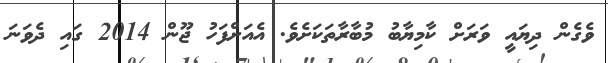
ވެގެން ދިޔައީ ވަރަށް ކާމިޔާބު މުބާރާތަކަށެވެ. އެއަށްފަހު ޖޫން 2014 ގައި ދެވަނަ